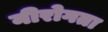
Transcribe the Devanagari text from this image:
नीरोगता